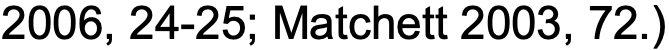
2006, 24-25; Matchett 2003, 72.)